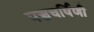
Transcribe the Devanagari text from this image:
पञ्चचर्षिणी